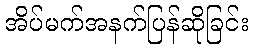
အိပ်မက်အနက်ပြန်ဆိုခြင်း